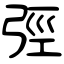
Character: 弳